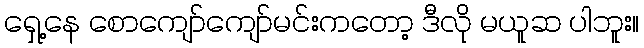
ရှေ့နေ စောကျော်ကျော်မင်းကတော့ ဒီလို မယူဆ ပါဘူး။